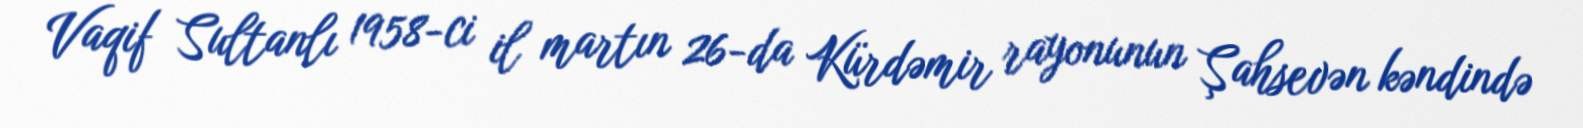
Vaqif Sultanlı 1958-ci il martın 26-da Kürdəmir rayonunun Şahsevən kəndində